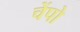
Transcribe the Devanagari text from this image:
चेंपो